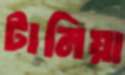
টানিয়া